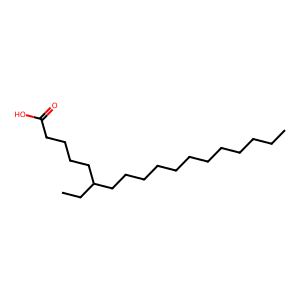
SMILES: CCCCCCCCCCCCC(CC)CCCCC(=O)O
Inhibits HIV replication: No